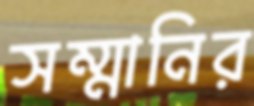
সম্মানির